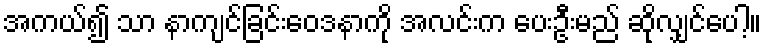
အကယ်၍ သာ နာကျင်ခြင်းဝေဒနာကို အလင်းက ပေးဦးမည် ဆိုလျှင်ပေါ့။